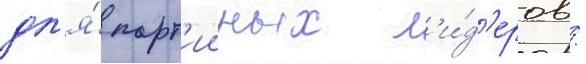
дл'я́ парт'ииных л'и́д'еров /